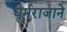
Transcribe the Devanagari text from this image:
धर्मराजाने